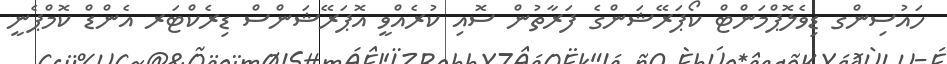
ހައުސިންގ ޑިވެލޮޕްމަންޓް ކޯޕަރޭޝަންގެ ފަރާތުން ސޮއި ކުރެއްވީ އޮޕަރޭޝަންސް ޑިރެކްޓަރ އެންޑް ކޮމްޕެނީ